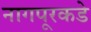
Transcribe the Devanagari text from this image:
नागपूरकडे